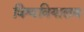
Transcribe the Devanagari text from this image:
विश्ववियालय